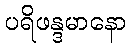
ပရိဖန္ဒမာနော